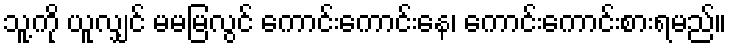
သူ့ကို ယူလျှင် မမမြလွင် ကောင်းကောင်းနေ၊ ကောင်းကောင်းစားရမည်။